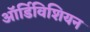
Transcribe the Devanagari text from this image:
ऑर्डिविशियन